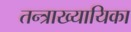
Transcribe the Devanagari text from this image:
तन्त्राख्यायिका